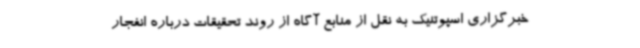
خبرگزاری اسپوتنیک به نقل از منابع آگاه از روند تحقیقات درباره انفجار